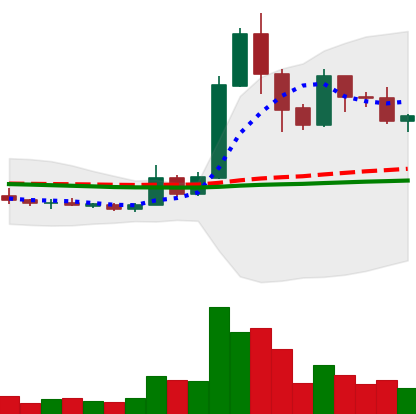
Ticker: XRP-USD
Chart end date: 2019-05-23
Forward return: 17.142%
Label: up_7plus